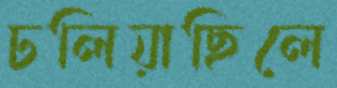
ঢলিয়াছিলে